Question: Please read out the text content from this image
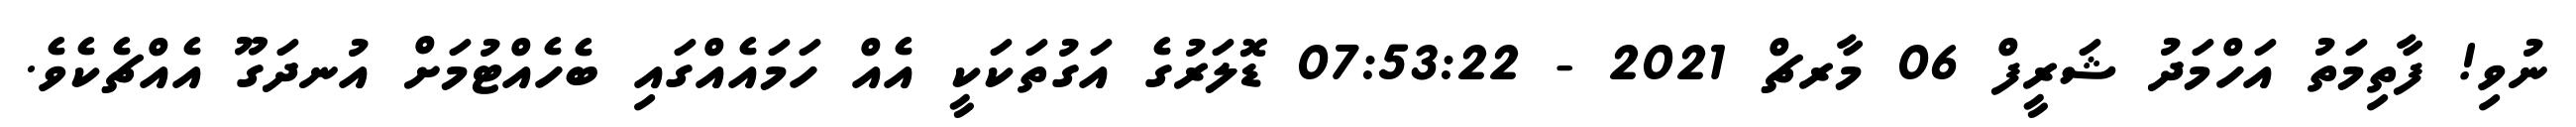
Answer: ނުވި! ފާތިމަތު އަހްމަދު ޝަރީފް 06 މާރޗް 2021 - 07:53:22 ޑޮލަރުގެ އަގުތަކަކީ އެއް ހަމައެއްގައި ބެހެއްޓުމަށް އުނދަގޫ އެއްޗެކެވެ.